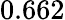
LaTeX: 0.662